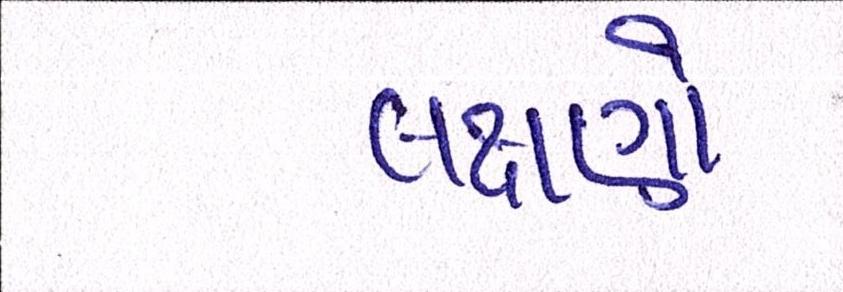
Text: લક્ષણો